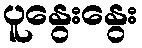
ပူနွေးနွေး